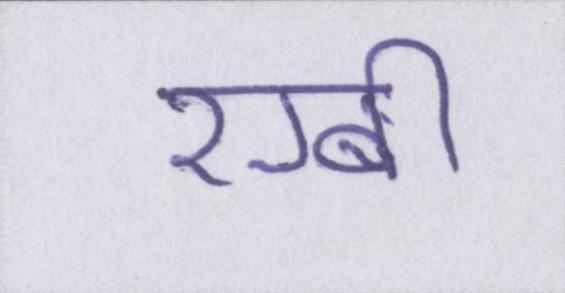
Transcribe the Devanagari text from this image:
रग्बी